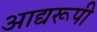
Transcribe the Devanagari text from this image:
आद्यरूपी